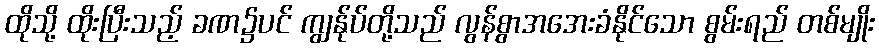
ထိုသို့ ထိုးပြီးသည့် ခဏ၌ပင် ကျွန်ုပ်တို့သည် လွန်စွာအအေးခံနိုင်သော စွမ်းရည် တစ်မျိုး